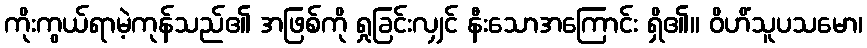
ကိုးကွယ်ရာမဲ့ကုန်သည်၏ အဖြစ်ကို ရှုခြင်းလျှင် နီးသောအကြောင်း ရှိ၏။ ဝိဟိံသူပသမော၊